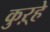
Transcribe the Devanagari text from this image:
कुऱ्हे